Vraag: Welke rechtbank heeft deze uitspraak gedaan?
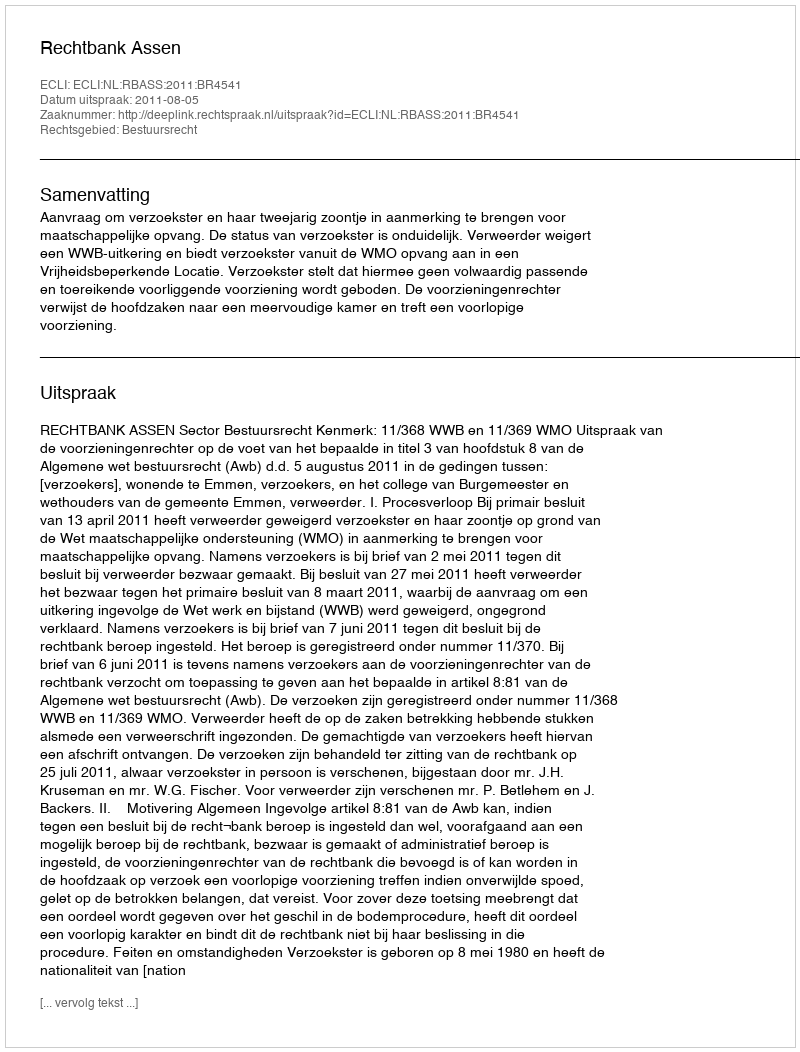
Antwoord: Rechtbank Assen